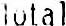
TOTAL